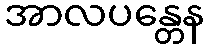
အာလပန္တေန